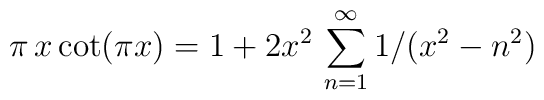
\pi\,x\cot (\pi x) = 1 + 2 x^2\, \sum_{n=1}^{\infty} 1/(x^2 - n^2)